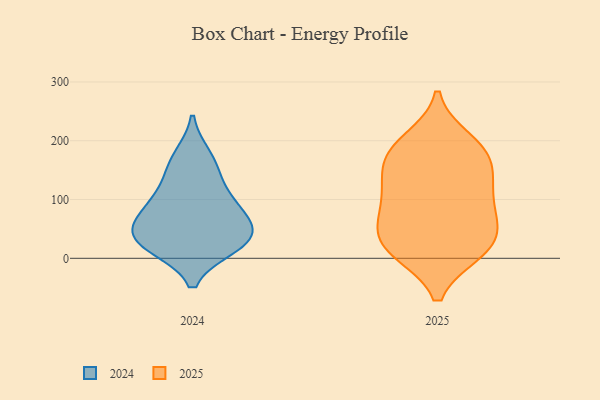
{"axis": {"x": "Latency (ms)", "y": "Value"}, "legend": ["2024", "2025"], "data": [{"x": "", "y": 74, "type": "2024"}, {"x": "", "y": 42, "type": "2024"}, {"x": "", "y": 103, "type": "2024"}, {"x": "", "y": 49, "type": "2024"}, {"x": "", "y": 149, "type": "2024"}, {"x": "", "y": 21, "type": "2024"}, {"x": "", "y": 24, "type": "2024"}, {"x": "", "y": 92, "type": "2024"}, {"x": "", "y": 172, "type": "2024"}, {"x": "", "y": 32, "type": "2024"}, {"x": "", "y": 65, "type": "2025"}, {"x": "", "y": 14, "type": "2025"}, {"x": "", "y": 177, "type": "2025"}, {"x": "", "y": 62, "type": "2025"}, {"x": "", "y": 111, "type": "2025"}, {"x": "", "y": 57, "type": "2025"}, {"x": "", "y": 12, "type": "2025"}, {"x": "", "y": 14, "type": "2025"}, {"x": "", "y": 179, "type": "2025"}, {"x": "", "y": 106, "type": "2025"}, {"x": "", "y": 25, "type": "2025"}, {"x": "", "y": 182, "type": "2025"}, {"x": "", "y": 200, "type": "2025"}, {"x": "", "y": 146, "type": "2025"}, {"x": "", "y": 126, "type": "2025"}]}